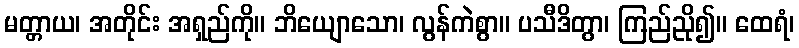
မတ္တာယ၊ အတိုင်း အရှည်ကို။ ဘိယျောသော၊ လွန်ကဲစွာ။ ပသီဒိတွာ၊ ကြည်ညို၍။ ထေရံ၊